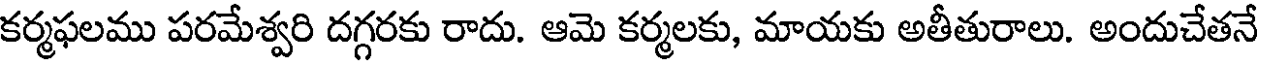
కర్మఫలము పరమేశ్వరి దగ్గరకు రాదు. ఆమె కర్మలకు, మాయకు అతీతురాలు. అందుచేతనే